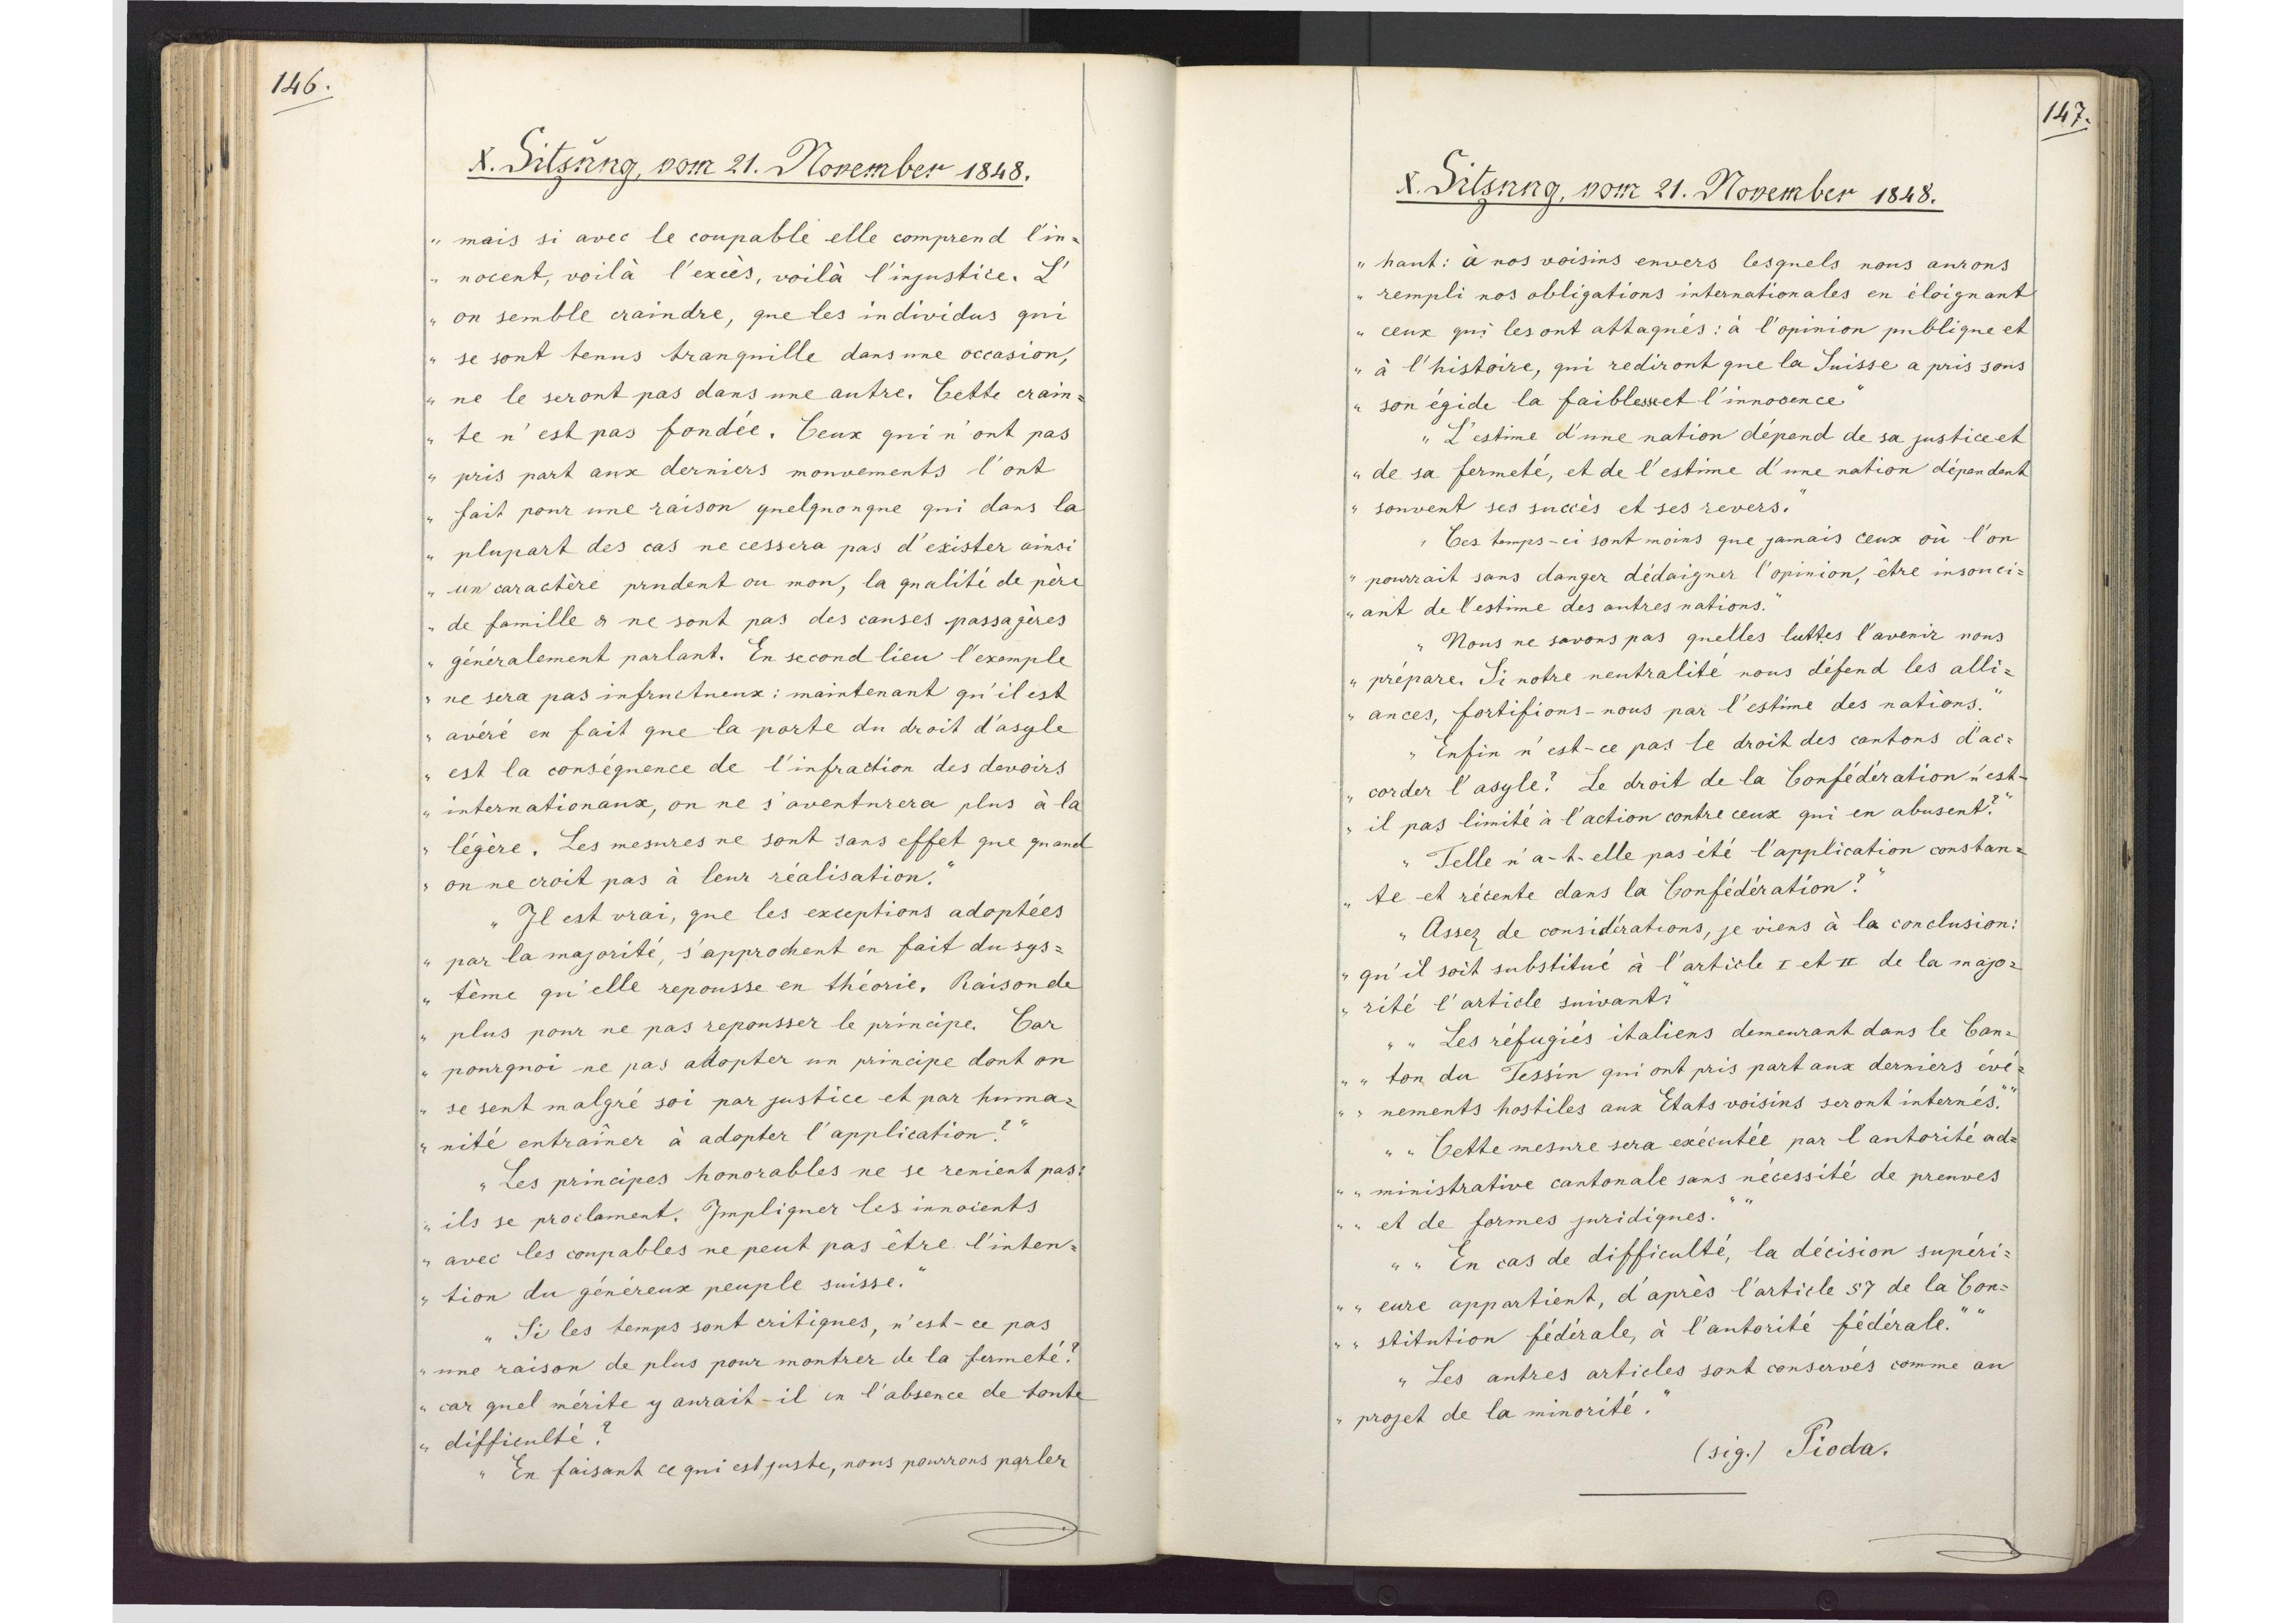
146.

X. Sitzung., vom 21. November 1848.

mais si avec le coupable elle comprend l`in¬
nocent, voilà l`excès, voilà linjustice. L`
on semble craindre, que les individus qui
se sont tenus tranquille dans une occasion,
ne le seront pas dans une autre. Cette crain¬
te n`est pas fondée. Ceux qui n`ont pas
pris part aux derniers nouvements l`ont
fait pour une raison quelquonque qui dans la
plupart des cas ne cessera pas d`exister ainsi
un caractère prudent ou mon, la qualité de père
de famille a ne sont pas des causes passagères
généralement parlant. En second lieu l`exemple
ne sera pas infructueux: maintenant qu`il est
avéré en fait que la porte du droit d'asyle
est la conséquence de l`infraction des devoirs
internationaux, on ne s'aventurera plus à la
légère. Les mesures ne sont sans effet que quand
on ne croit pas à leur réalisation.
Il est vrai, que les exceptions adoptées
par la majorité, s`approchent en fait du sys¬
tême qu`elle repousse en théorie. Raison de
plus pour ne pas reponsser le principe Car
pourquoi ne pas adopter un principe dont on
se sent malgré soi par justice et par huma¬
nité entraîner à adopter l`application?
Les principes honorables ne se renient pas:
ils se proclament. Impliquer les innocents
avec les coupables ne peut pas être l`inten¬
tion du généreux peuple suisse.
Si les temps sont critiques, n`est-ce pas
une raison de plus pour montrer de la fermeté?
car quel mérite y aurait-il in l`absence de toute
difficulté?
En faisant ce qui est juste, nous pourrons parler

147.

X. Sitzung, vom 21. November 1848.

hant: à nos voisins envers lesquels nous aurons
rempli nos obligations internationales en éloignant
ceux qui les ont attaqués: à l`opinion publique et
à l`histoire, qui rediront que la Suisse a pris sons
son égide la faiblesse et l`innosence
L`estime d`une nation dépend de sa justice et
de sa fermeté, et de l`estime d`une nation dépendent
souvent ses succès et ses revers.
Ces temps-ci sont moins que jamais ceux où l`on
pourrait sans danger dédaigner l`opinion, être insonci¬
ant de l`estimé des autres nations.
Nous ne savons pas quelles luttes l`avenir nous
prépare. Si notre neutralité nous défend les alli¬
ances, fortifions-nous par l`estime des nations.
Enfin n`est-ce pas le droit des cantons d`ac
corder l`asyle? Le droit de la Confédération n`est-
il pas limité à l`action contre ceux qui en abusent?
Telle n`a-t-elle pas été l`application constan¬
te et récente dans la Confédération?
Assez de considérations, je viens à la conclusion:
qu`il soit substitué à l'article I et II de la majo¬
rité l`article suivant:
"Les réfugiés italiens demeurant dans le Can¬
ton du Tessin qui ont pris part aux derniers évé¬
nements postiles aux Etats voisins seront internés.
Cette mesure sera exécutée par l`autorité ad¬
ministrative cantonale sans nécessité de prenves
et de formes juridiques.
En cas de difficulté, la décision supéri¬
eure appartient, d`après l`article 57 de la Con¬
stitution fédérale à l`autorité fédérale."
Les autres articles sont conservés comme au
projet de la minorité."
(sig.) Pioda.